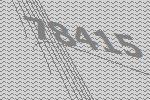
78415